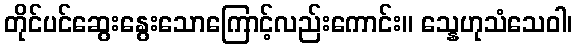
တိုင်ပင်ဆွေးနွေးသောကြောင့်လည်းကောင်း။ သ္နေဟုသံသေဝါ၊